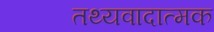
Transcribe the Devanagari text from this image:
तथ्यवादात्मक